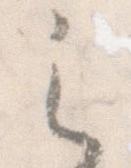
之